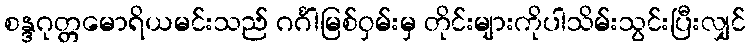
စန္ဒဂုတ္တမောရိယမင်းသည် ဂင်္ဂါမြစ်ဝှမ်းမှ တိုင်းများကိုပါသိမ်းသွင်းပြီးလျှင်